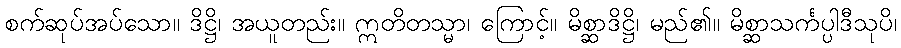
စက်ဆုပ်အပ်သော။ ဒိဋ္ဌိ၊ အယူတည်း။ ဣတိတသ္မာ၊ ကြောင့်။ မိစ္ဆာဒိဋ္ဌိ၊ မည်၏။ မိစ္ဆာသင်္ကပ္ပါဒီသုပိ၊